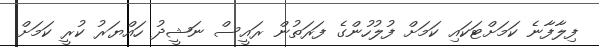
ފިލާފާނެ ކަމަށްޓަކައި ކަމަށް ފުލުހުންގެ ފަރަތުން ރައީސް ނަޝީދު ހައްޔަރު ކުރީ ކަމަށް